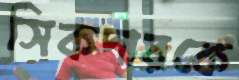
সিকদারকে